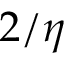
2 / \eta